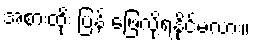
အစားထိုး ပြန် ဖြေလို့ရနိုင်မလား။